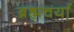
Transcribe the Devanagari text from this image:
ब्रह्मचर्या